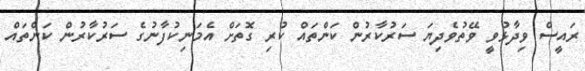
ރައީސް ވިދާޅުވީ ވޭތުވެދިޔަ ސަރުކާރުން ކަންތައް ކުރި ގޮތަށް އެމަނިކުފާނުގެ ސަރުކާރުން ކަންތައް